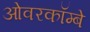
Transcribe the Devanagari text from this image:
ओवरकॉम्बे